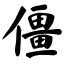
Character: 僵